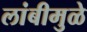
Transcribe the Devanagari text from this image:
लांबीमुळे